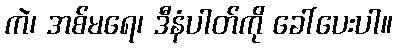
ကဲ၊ အစ်မရေ၊ ဒီနံပါတ်ကို ခေါ်ပေးပါ။